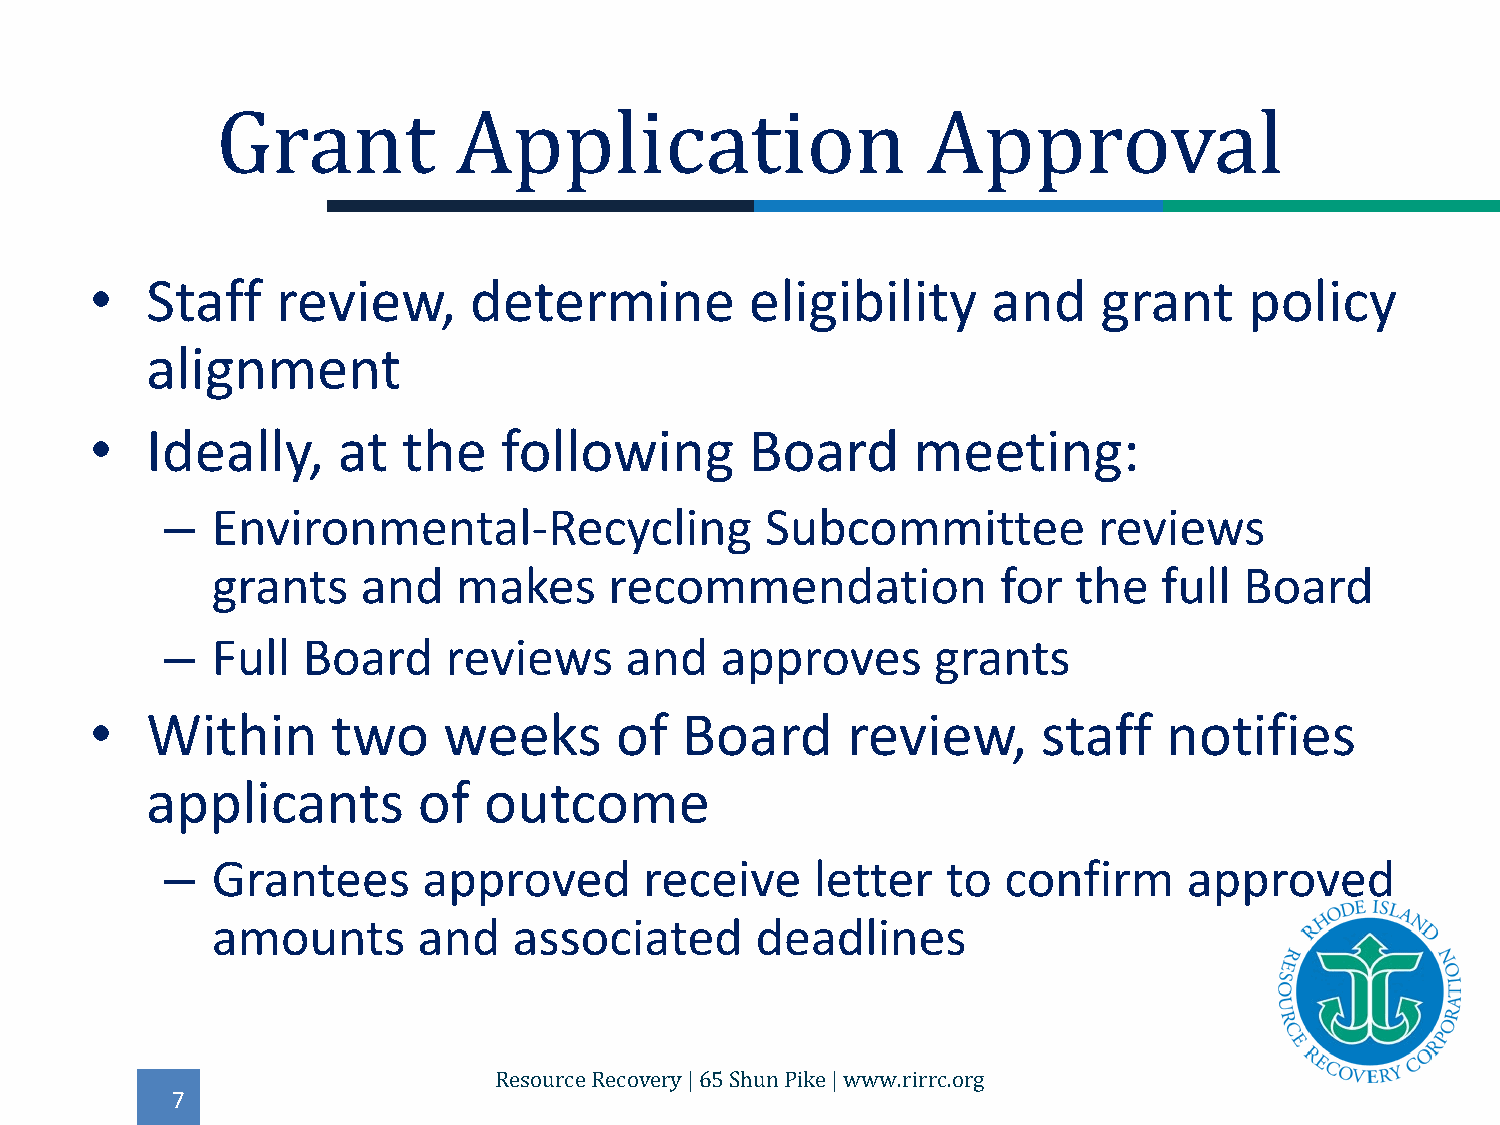
•   Staff   review,      determine          eligibility     and    grant     policy
 Grant           Application                    Approval
 alignment
 •   Ideally,    at   the   following        Board     meeting:
 –  Environmental-Recycling              Subcommittee          reviews
 grants    and   makes     recommendation            for  the   full Board
 –  Full  Board    reviews     and    approves      grants
 •   Within      two    weeks       of  Board      review,      staff   notifies
 applicants        of  outcome
 –  Grantees      approved       receive    letter   to confirm      approved
 amounts       and   associated      deadlines
 7
 Resource Recovery | 65 Shun Pike | www.rirrc.org